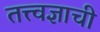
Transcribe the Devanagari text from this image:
तत्त्वज्ञाची